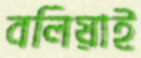
বলিয়াই